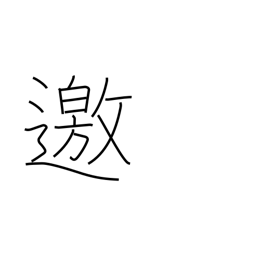
Meaning: go to meet